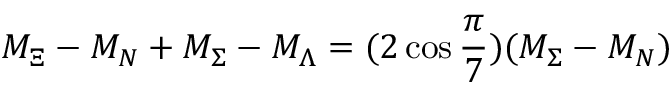
M _ { \Xi } - M _ { N } + M _ { \Sigma } - M _ { \Lambda } = ( 2 \cos \frac \pi 7 ) ( M _ { \Sigma } - M _ { N } )